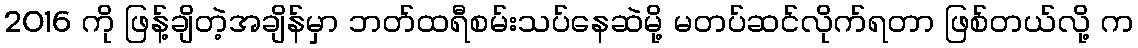
2016 ကို ဖြန့်ချိတဲ့အချိန်မှာ ဘတ်ထရီစမ်းသပ်နေဆဲမို့ မတပ်ဆင်လိုက်ရတာ ဖြစ်တယ်လို့ က